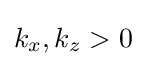
k_{x},k_{z}>0